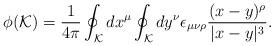
LaTeX: \begin{align*}\phi ({\cal K})={1 \over 4 \pi} \oint_{\cal K}dx^{\mu} \oint_{\cal K} dy^{\nu}\epsilon_{\mu \nu \rho} { (x-y)^{\rho} \over |x-y|^3}.\end{align*}